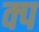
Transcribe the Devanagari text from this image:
क्प